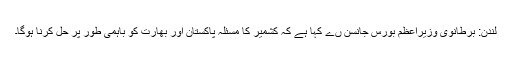
لندن: برطانوی وزیراعظم بورس جانسن ںے کہا ہے کہ کشمیر کا مسئلہ پاکستان اور بھارت کو باہمی طور پر حل کرنا ہوگا۔